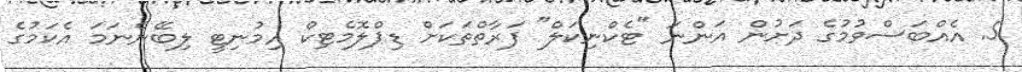
5. އެއްބަސްވުމުގެ ދަށުން އަންނަ "ޓެކްނިކަލް" ފަރާތްތަކަށް ޑިޕްލޮމެޓިކް އިމުނިޓީ ލިބޭނެނަމަ އެކަމުގެ